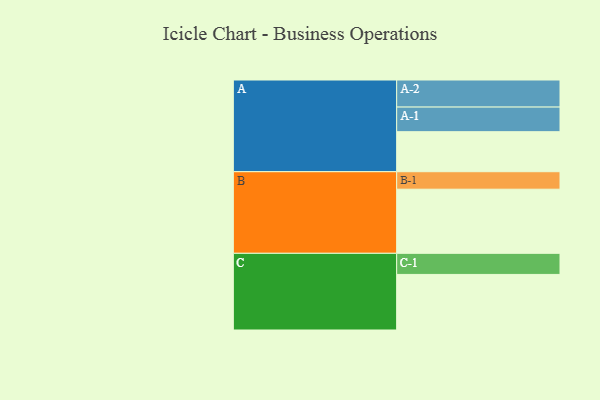
{"axis": {"x": "Segment", "y": "Value"}, "legend": ["", "A", "B", "C"], "data": [{"x": "A", "y": 309, "type": ""}, {"x": "B", "y": 495, "type": ""}, {"x": "C", "y": 429, "type": ""}, {"x": "A-1", "y": 190, "type": "A"}, {"x": "A-2", "y": 209, "type": "A"}, {"x": "B-1", "y": 135, "type": "B"}, {"x": "C-1", "y": 163, "type": "C"}]}